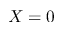
X = 0